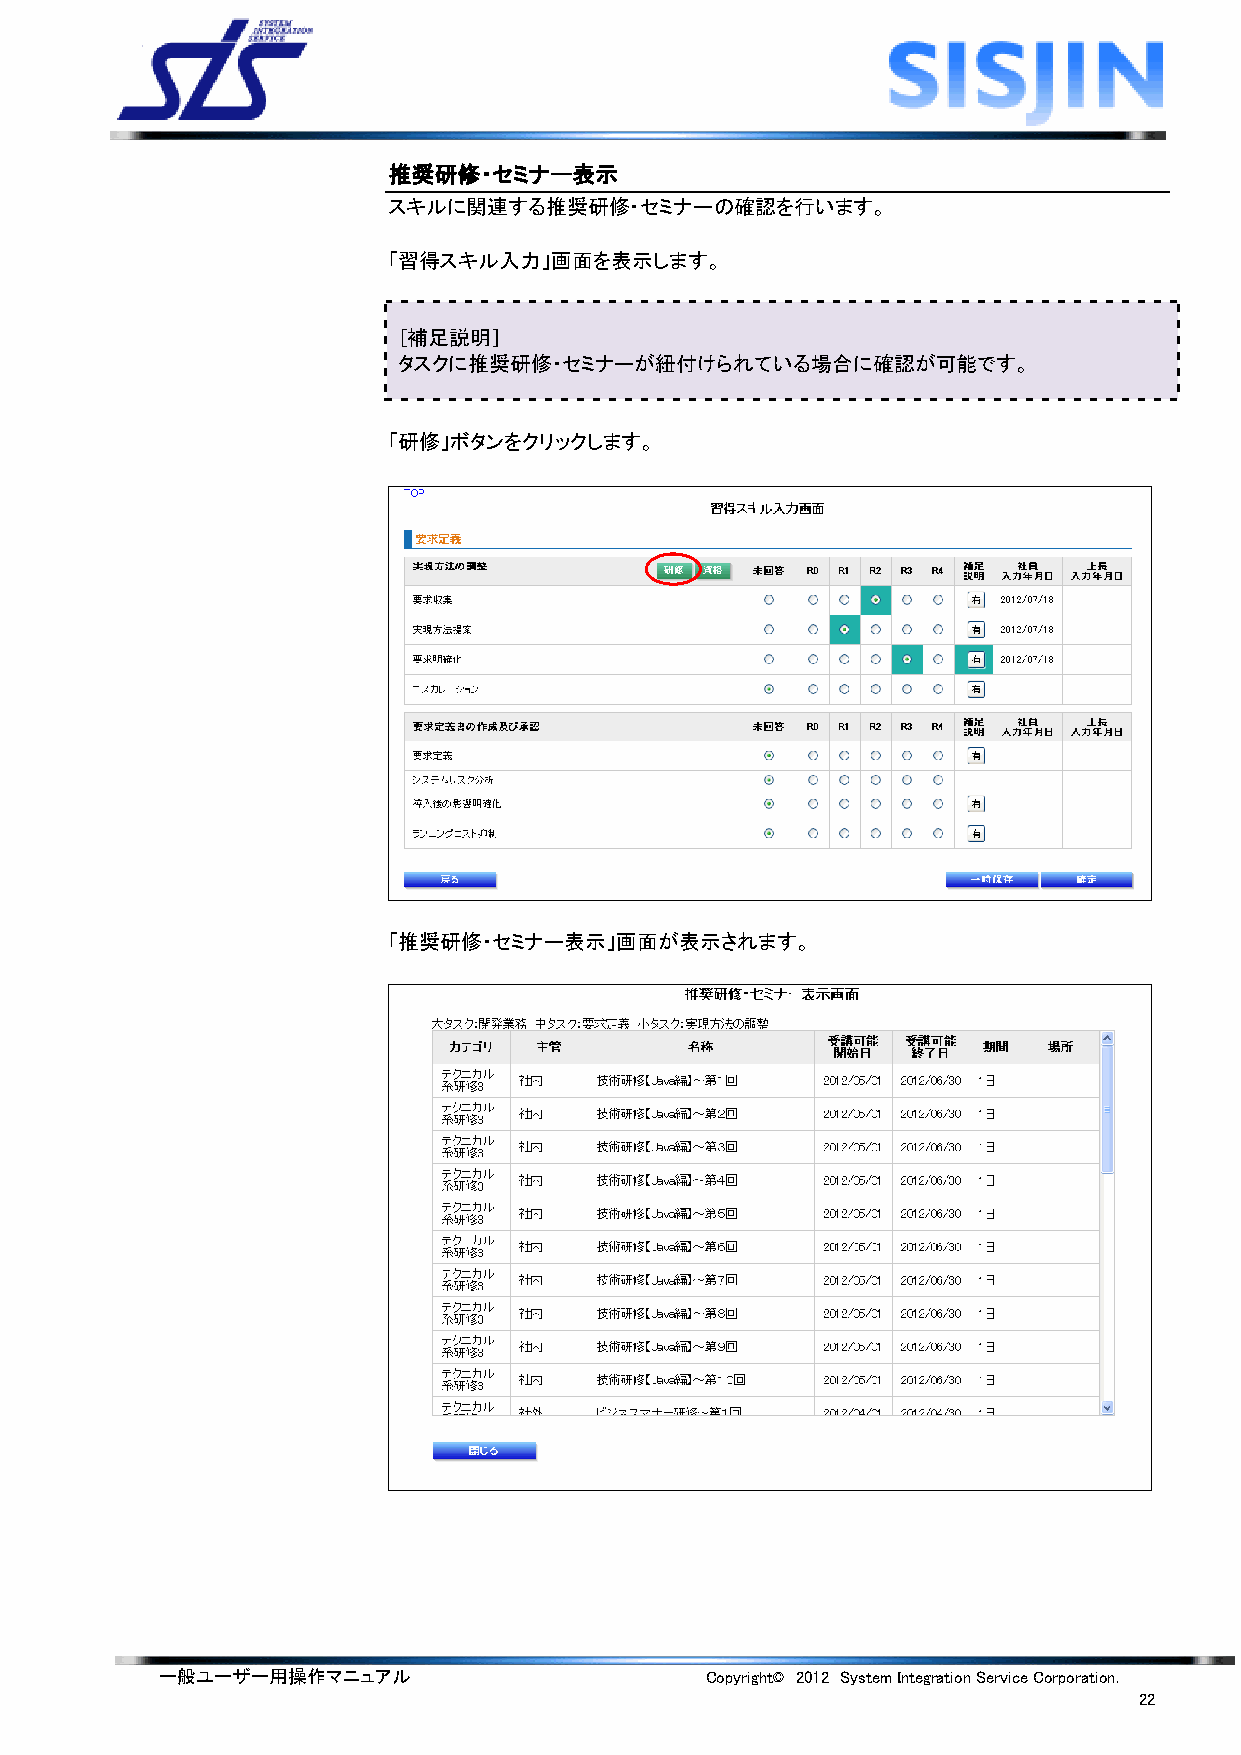
推奨研修・セミナー表示
 スキルに関連する推奨研修・セミナーの確認を行います。
 「習得スキル入力」画面を表示します。
 ［補足説明］
 タスクに推奨研修・セミナーが紐付けられている場合に確認が可能です。
 「研修」ボタンをクリックします。
 「推奨研修・セミナー表示」画面が表示されます。
 一般ユーザー用操作マニュアル                      Copyright© 2012 System Integration Service Corporation.
 22